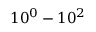
1 0 ^ { 0 } - 1 0 ^ { 2 }